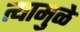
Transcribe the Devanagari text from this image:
त्यामुुळे